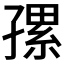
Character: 𰌯